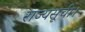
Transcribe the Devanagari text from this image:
राज्यसूची।